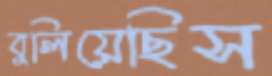
বুলিয়েছিস